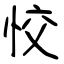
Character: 恔